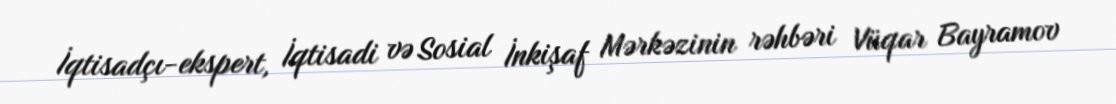
İqtisadçı-ekspert, İqtisadi və Sosial İnkişaf Mərkəzinin rəhbəri Vüqar Bayramov